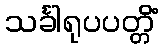
သင်္ခါရုပပတ္တိံ